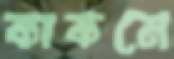
কাকনে